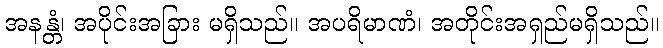
အနန္တံ၊ အပိုင်းအခြား မရှိသည်။ အပရိမာဏံ၊ အတိုင်းအရှည်မရှိသည်။